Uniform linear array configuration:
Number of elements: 24
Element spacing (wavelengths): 1
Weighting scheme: binomial
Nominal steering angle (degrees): -45
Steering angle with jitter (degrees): -44.874
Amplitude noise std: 0.05
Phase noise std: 0.05

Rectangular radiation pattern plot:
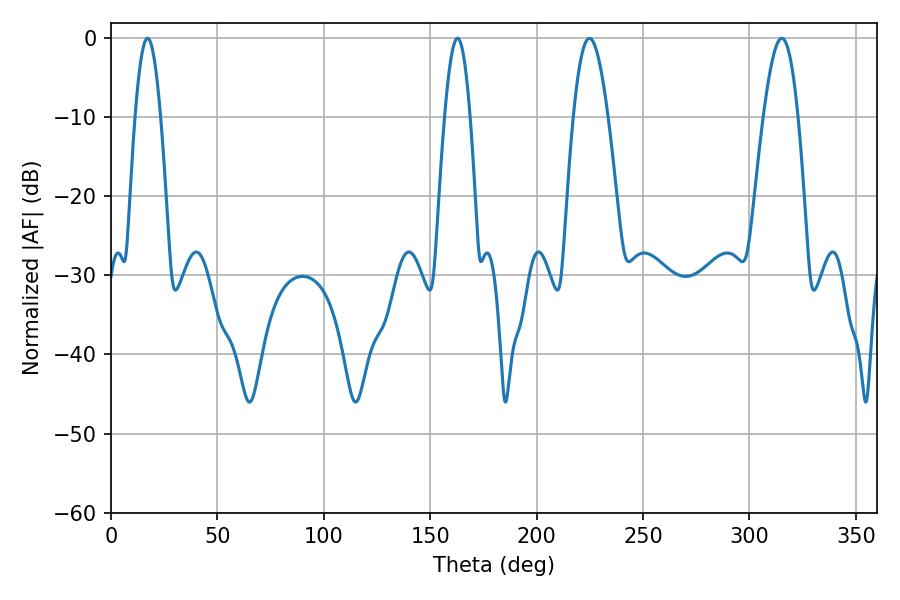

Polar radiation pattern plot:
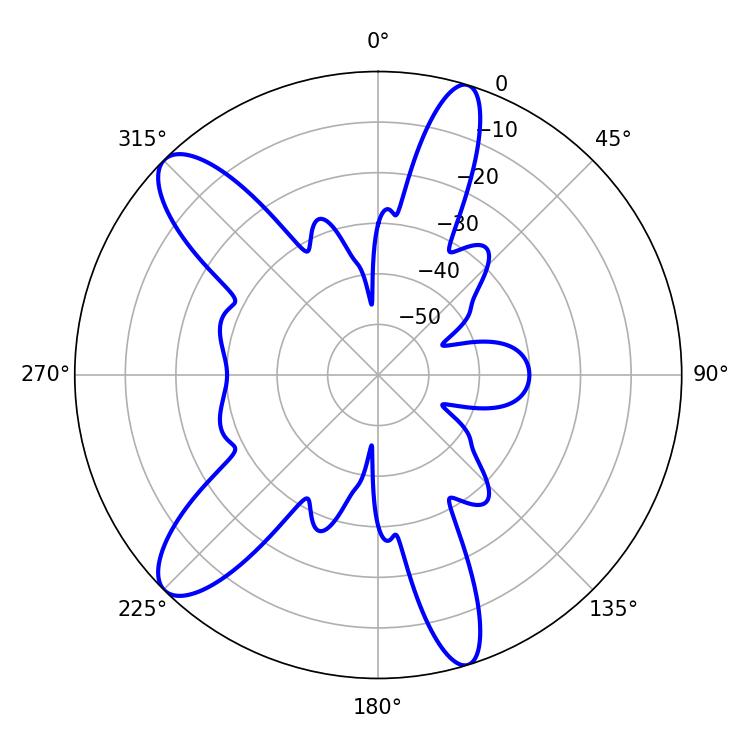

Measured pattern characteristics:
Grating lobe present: TRUE
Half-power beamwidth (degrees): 8.82
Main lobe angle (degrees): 224.82